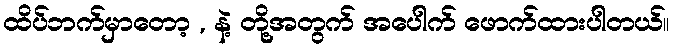
ထိပ်ဘက်မှာတော့ , နဲ့ တို့အတွက် အပေါက် ဖောက်ထားပါတယ်။